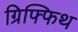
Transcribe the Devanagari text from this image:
ग्रिफ्फिथ